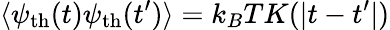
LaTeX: \langle\psi_{\mathrm{th}}(t)\psi_{\mathrm{th}}(t^{\prime})\rangle=k_{B}TK(|t-t^{\prime}|)